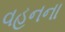
વહનના